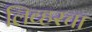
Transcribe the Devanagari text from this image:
लिव्हरचा